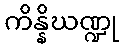
ကိန္နိဃဏ္ဍု